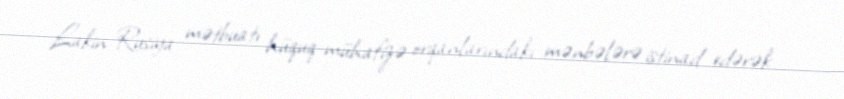
Lakin Rusiya mətbuatı hüquq-mühafizə orqanlarındakı mənbələrə istinad edərək